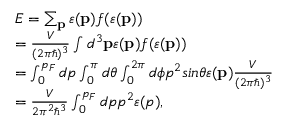
\begin{array} { l } { E = \sum _ { \mathbf { p } } \varepsilon ( \mathbf { p } ) f ( \varepsilon ( \mathbf { p } ) ) } \\ { = \frac { V } { ( 2 \pi \hbar ) ^ { 3 } } \int d ^ { 3 } \mathbf { p } \varepsilon ( \mathbf { p } ) f ( \varepsilon ( \mathbf { p } ) ) } \\ { = \int _ { 0 } ^ { p _ { F } } d p \int _ { 0 } ^ { \pi } d \theta \int _ { 0 } ^ { 2 \pi } d \phi p ^ { 2 } s i n \theta \varepsilon ( \mathbf { p } ) \frac { V } { ( 2 \pi \hbar ) ^ { 3 } } } \\ { = \frac { V } { 2 \pi ^ { 2 } \hbar ^ { 3 } } \int _ { 0 } ^ { p _ { F } } d p p ^ { 2 } \varepsilon ( p ) , } \end{array}